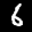
Label: 6